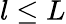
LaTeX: l\leq L